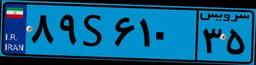
۱۸S۳۵۲۹۹